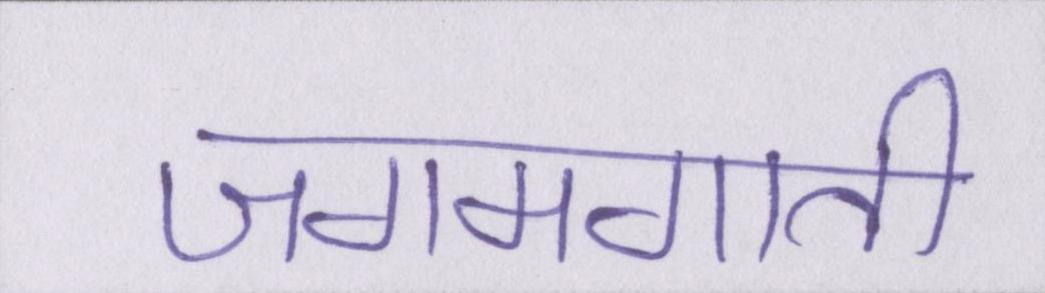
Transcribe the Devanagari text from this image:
जगमगाती